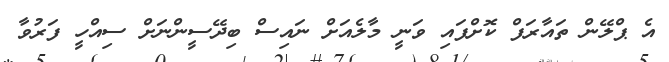
އެ ޕްލޭން ތައާރަފް ކޮށްފައި ވަނީ މާލެއަށް ނައިސް ބިދޭސީންނަށް ސިއްހީ ފަރުވާ